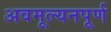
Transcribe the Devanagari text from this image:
अवमूल्यनपूर्ण